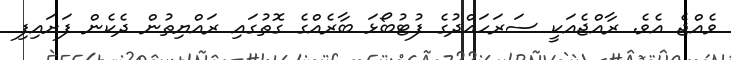
ވެއްޖެ އެވެ. ރާއްޖެއަކީ ސަރަހައްދުގެ ފުޓުބޯޅަ ބާރެއްގެ ގޮތުގައި ރައްޔިތުން ދެކެން ފަށައިފި